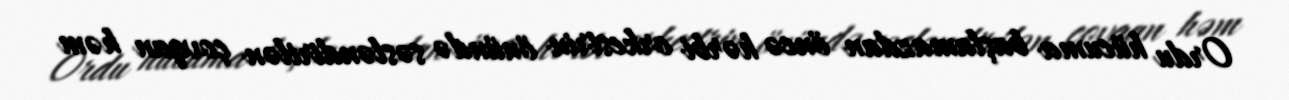
Ordu hücuma başlamazdan öncə hərbi orkestrin önündə səsləndirilən çovqan həm